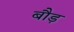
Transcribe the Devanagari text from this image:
बौड़